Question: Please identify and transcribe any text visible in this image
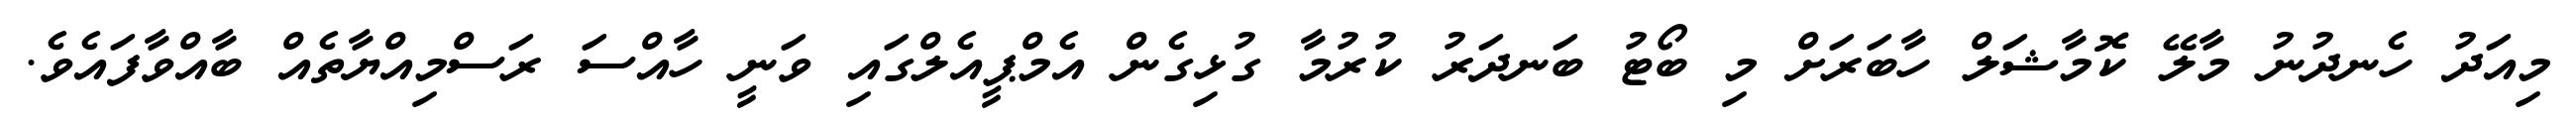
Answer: މިއަދު ހެނދުނު މާލޭ ކޮމާޝަލް ހާބަރަށް މި ބޯޓު ބަނދަރު ކުރުމާ ގުޅިގެން އެމްޕީއެލްގައި ވަނީ ހާއްސަ ރަސްމިއްޔާތެއް ބާއްވާފައެވެ.